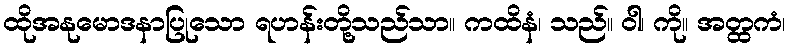
ထိုအနုမောဒနာပြုသော ရဟန်းတို့သည်သာ။ ကထိနံ၊ သည်။ ဝါ၊ ကို။ အတ္ထကံ၊